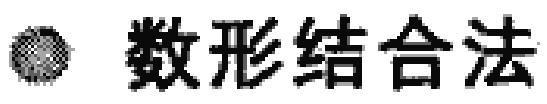
\textbullet  数形结合法